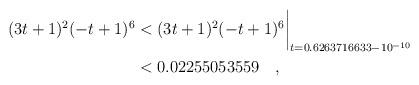
LaTeX: \begin{align*}(3t+1)^2(-t+1)^6 & < (3t+1)^2(-t+1)^6\biggr\rvert_{t=0.6263716633 - 10^{-10}} \\& < 0.02255053559 \quad, \end{align*}